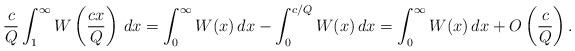
LaTeX: \begin{align*}\frac{c}{Q}\int_{1}^{\infty}W\left( \frac{cx}{Q}\right)\,dx = \int_{0}^{\infty}W(x)\,dx - \int_{0}^{c/Q}W(x)\,dx = \int_{0}^{\infty}W(x)\,dx + O\left(\frac{c}{Q} \right).\end{align*}